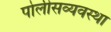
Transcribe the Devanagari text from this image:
पोलीसव्यवस्था